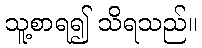
သူ့စာရ၍ သိရသည်။